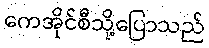
ကေအိုင်စီသို့ပြောသည်